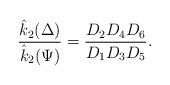
LaTeX: \begin{align*}\dfrac{\hat{k}_2{(\Delta)}}{\hat{k}_2(\Psi)}= \dfrac{D_{2}D_{4}D_{6}}{D_{1}D_{3}D_{5}}.\end{align*}